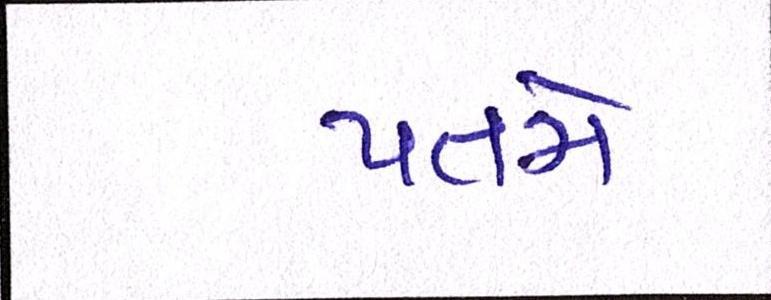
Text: પતમે